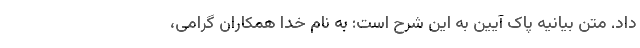
داد. متن بیانیه پاک آیین به این شرح است: به نام خدا همکاران گرامی،